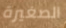
الصغيرة